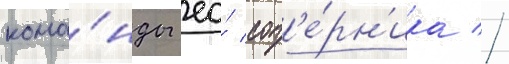
кома́нды ео́ соп'е́рн'ика //